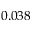
0 . 0 3 8